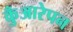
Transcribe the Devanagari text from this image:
कुँआरेपन